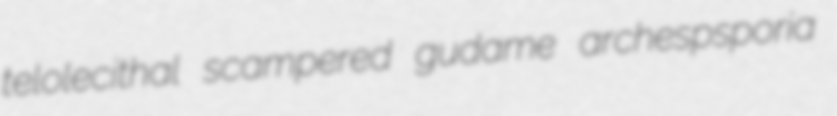
telolecithal scampered gudame archespsporia